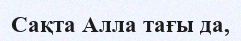
Сақта Алла тағы да,